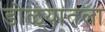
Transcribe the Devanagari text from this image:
डोळ्यातला